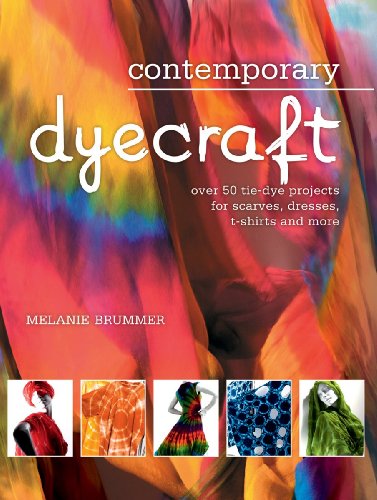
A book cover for Contemporary Dyecraft: Over 50 Tie-dye Projects for Scarves, Dresses, T-shirts and More; Melanie Brummer; Crafts, Hobbies & Home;